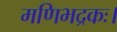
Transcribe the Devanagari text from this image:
मणिभद्रकः।